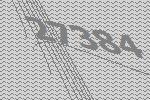
27384